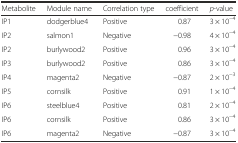
<table><thead><tr><td><b>Metabolite</b></td><td><b>Module name</b></td><td><b>Correlation type</b></td><td><b>coefficient</b></td><td><b><i>p</i>-value</b></td></tr></thead><tbody><tr><td>IP1</td><td>dodgerblue4</td><td>Positive</td><td>0.87</td><td>3 × 10<sup>−4</sup></td></tr><tr><td>IP2</td><td>salmon1</td><td>Negative</td><td>−0.98</td><td>4 × 10<sup>−4</sup></td></tr><tr><td>IP2</td><td>burlywood2</td><td>Positive</td><td>0.96</td><td>3 × 10<sup>−4</sup></td></tr><tr><td>IP3</td><td>burlywood2</td><td>Positive</td><td>0.86</td><td>3 × 10<sup>−4</sup></td></tr><tr><td>IP4</td><td>magenta2</td><td>Negative</td><td>−0.87</td><td>2 × 10<sup>−3</sup></td></tr><tr><td>IP5</td><td>cornsilk</td><td>Positive</td><td>0.91</td><td>1 × 10<sup>−4</sup></td></tr><tr><td>IP6</td><td>steelblue4</td><td>Positive</td><td>0.81</td><td>2 × 10<sup>−4</sup></td></tr><tr><td>IP6</td><td>cornsilk</td><td>Positive</td><td>0.86</td><td>3 × 10<sup>−4</sup></td></tr><tr><td>IP6</td><td>magenta2</td><td>Negative</td><td>−0.87</td><td>3 × 10<sup>−4</sup></td></tr></tbody></table>